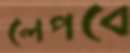
লেপবে